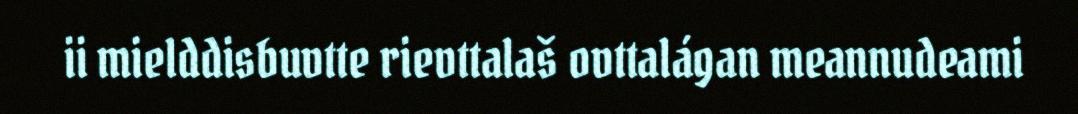
ii mielddisbuvtte rievttalaš ovttalágan meannudeami